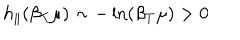
LaTeX: h _ { \parallel } ( \beta _ { T } \mu ) \sim - \ln ( \beta _ { T } \mu ) > 0